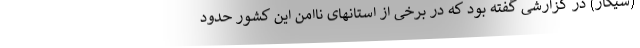
(سیگار) در گزارشی گفته بود که در برخی از استانهای ناامن این کشور حدود